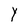
Character: Y